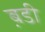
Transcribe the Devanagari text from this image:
ब़डी